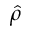
\hat { \rho }